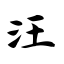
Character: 汪